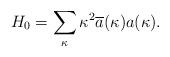
LaTeX: \begin{align*}H_{0}= \sum_{\kappa} \kappa^{2}\overline{a}(\kappa) a(\kappa).\end{align*}